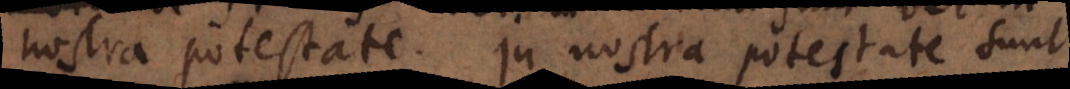
nostra potestate. In nostra potestate sunt